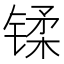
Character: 𫔄